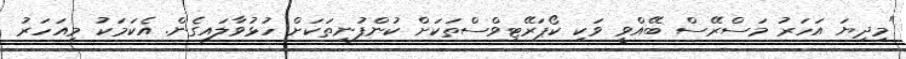
"މިދިޔަ އަހަރު މަސްރޭސް ބޭއްވީ ވަކި ކޯޕަރޭޓިވްސްތަކަށް ކުންފުނިތަކަށް ހުޅުވާލައިގެން. އެކަމަކު މިއަހަރު